Vaccination in Bombay 1889-1901 - 1889-1901
Year: 1889
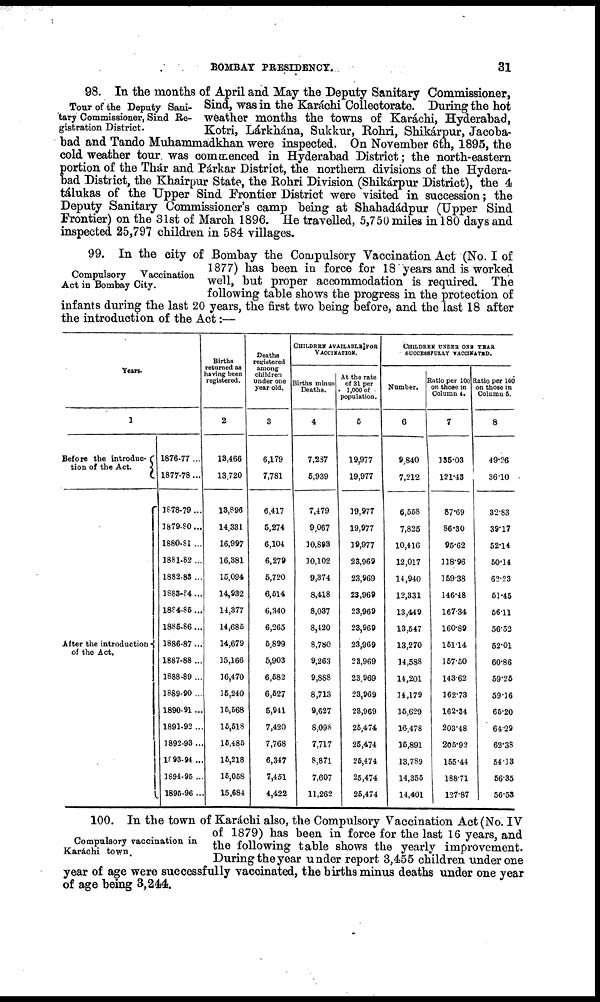
BOMBAY PRESIDENCY.
31
Tour of the Deputy Sani-
tary Commissioner, Sind Re-
gistration District.
98. In the months of April and May the Deputy Sanitary Commissioner,
Sind, was in the Karáchi Collectorate. During the hot
weather months the towns of Karáchi, Hyderabad,
Kotri, Lárkhána, Sukkur, Rohri, Shikárpur, Jaeoba¬
bad and Tando Muhammadkhan were inspected. On November 6th, 1895, the
cold weather tour was commenced in Hyderabad District; the north-eastern
portion of the Thár and Párkar District, the northern divisions of the Hydera-
bad District, the Khairpur State, the Rohri Division (Shikárpur District), the 4
tálukas of the Upper Sind Frontier District were visited in succession; the
Deputy Sanitary Commissioner's camp being at Shahadádpur (Upper Sind
Frontier) on the 31st of March 1896. He travelled, 5,750 miles in 180 days and
inspected 25,797 children in 584 villages.
Compulsory Vaccination
Act in Bombay City.
99. In the city of Bombay the Compulsory Vaccination Act (No. I of
1877) has been in force for 18 years and is worked
well, but proper accommodation is required. The
following table shows the progress in the protection of
infants during the last 20 years, the first two being before, and the last 18 after
the introduction of the Act:—
Years.
1
Before the introduc¬
tion of the Act.
After the introduction
of the Act.
1876-77 ...
1877-78 ...
1878-79 ...
1879-80...
1880-81 ...
1881-82 ...
1882-83 ...
1883-84 ...
l884-85 ...
1885-86 ...
1886-87 ...
1887-88 ...
1888-89 ...
1889-90 ...
1890-91 ...
1891-92 ..
1892-93..
1893-94 ..
3894-95 ..
1895-96 ..
Births
returned as
having been
registered.
2
13,466
13,720
13,896
14,331
16,997
16,381
15,094
14,932
14,377
14,685
14,679
15,166
16,470
15,240
15,568
15,518
15,485
15,218
15,058
15,684
Deaths
registered
among
children
under one
year old.
3
6,179
7,781
6,417
5,274
6,104
6,279
5,720
6,514
6,340
6,265
5,899
5,903
6,582
6,527
5,941
7,420
7,768
6,347
7,451
4,422
CHILDREN AVAILABLE FOR
VACCINATION.
Births minus
Deaths.
4
7,287
5,939
7,479
9,067
10,893
30,102
9,374
8,418
8,037
8,420
8,780
9,263
9,888
8,713
9,627
8,098
7,717
8,871
7,607
11,262
At the rate
of 31 per
1,000 of
population.
5
19,977
19,977
39,977
19,977
39,977
23,969
23,969
23,969
23,969
23,969
23,969
23,969
23,969
23,969
23,969
25,474
25,474
25,474
25,474
25,474
CHILDREN UNDER ONE YEAR
SUCCESSFULLY VACCINATED.
Number.
6
9,840
7,212
6,558
7,825
10,416
12,017
14,940
12,331
13,449
13,547
13,270
14,588
14,201
34,179
35,629
16,478
15,891
13,789
14,355
14,401
Ratio per 100
on those in
Column 4.
7
135.03
121.43
87.69
86.30
95.62
118.96
159.38
146.48
167.34
160.89
151.14
157.50
143.62
162.73
162.34
203.48
205.92
155.44
188.71
127.87
Ratio per 100
on those in
Column 5.
8
49.26
36.10
32.83
39.17
52.14
50.14
62.23
51.45
56.11
56.53
52.01
60.86
59.26
59.16
65.20
64.29
62.38
54.13
56.35
56.53
Compulsory vaccination in
Karáchi town.
100. In the town of Karáchi also, the Compulsory Vaccination Act (No. IV
of 1879) has been in force for the last 16 years, and
the following table shows the yearly improvement.
During the year under report 3,455 children under one
year of age were successfully vaccinated, the births minus deaths under one year
of age being 3,244.